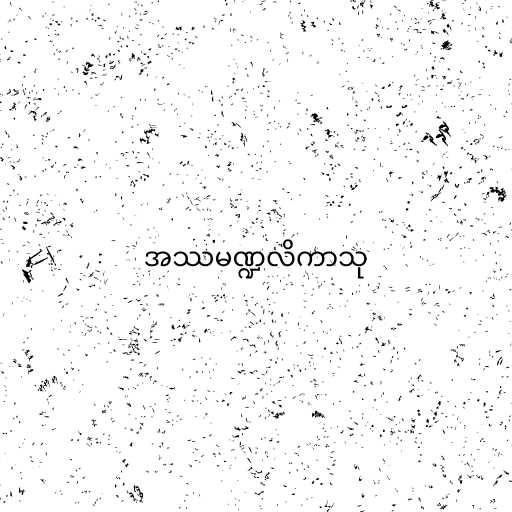
အဿမဏ္ဍလိကာသု